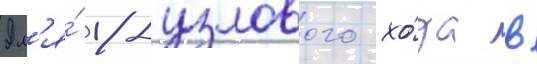
Дл'я́ 18-узлового хо́да в